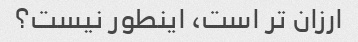
ارزان تر است، اینطور نیست؟